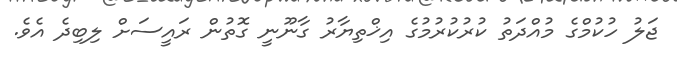
ޖަލު ހުކުމްގެ މުއްދަތު ކުރުކުރުމުގެ އިޚްތިޔާރު ގާނޫނީ ގޮތުން ރައީސަށް ލިބިދެ އެވެ.